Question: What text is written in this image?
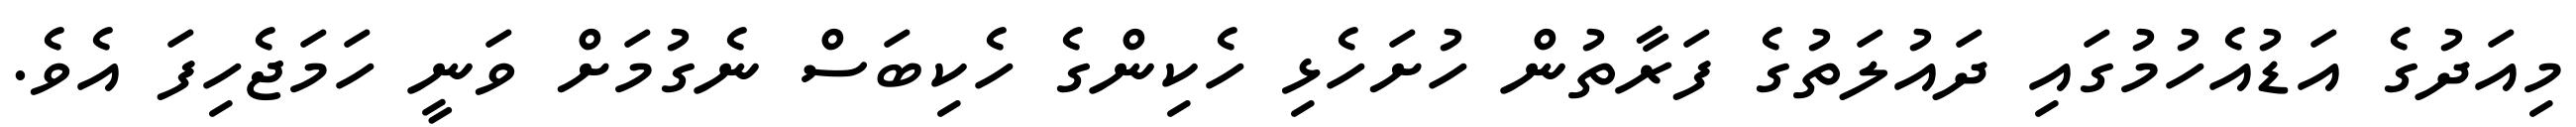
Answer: މިއަދުގެ އަޑުއެހުމުގައި ދައުލަތުގެ ފަރާތުން ހުށަހެޅި ހެކިންގެ ހެކިބަސް ނެގުމަށް ވަނީ ހަމަޖެހިފަ އެވެ.